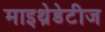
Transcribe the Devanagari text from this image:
माइथ्रेडेटीज